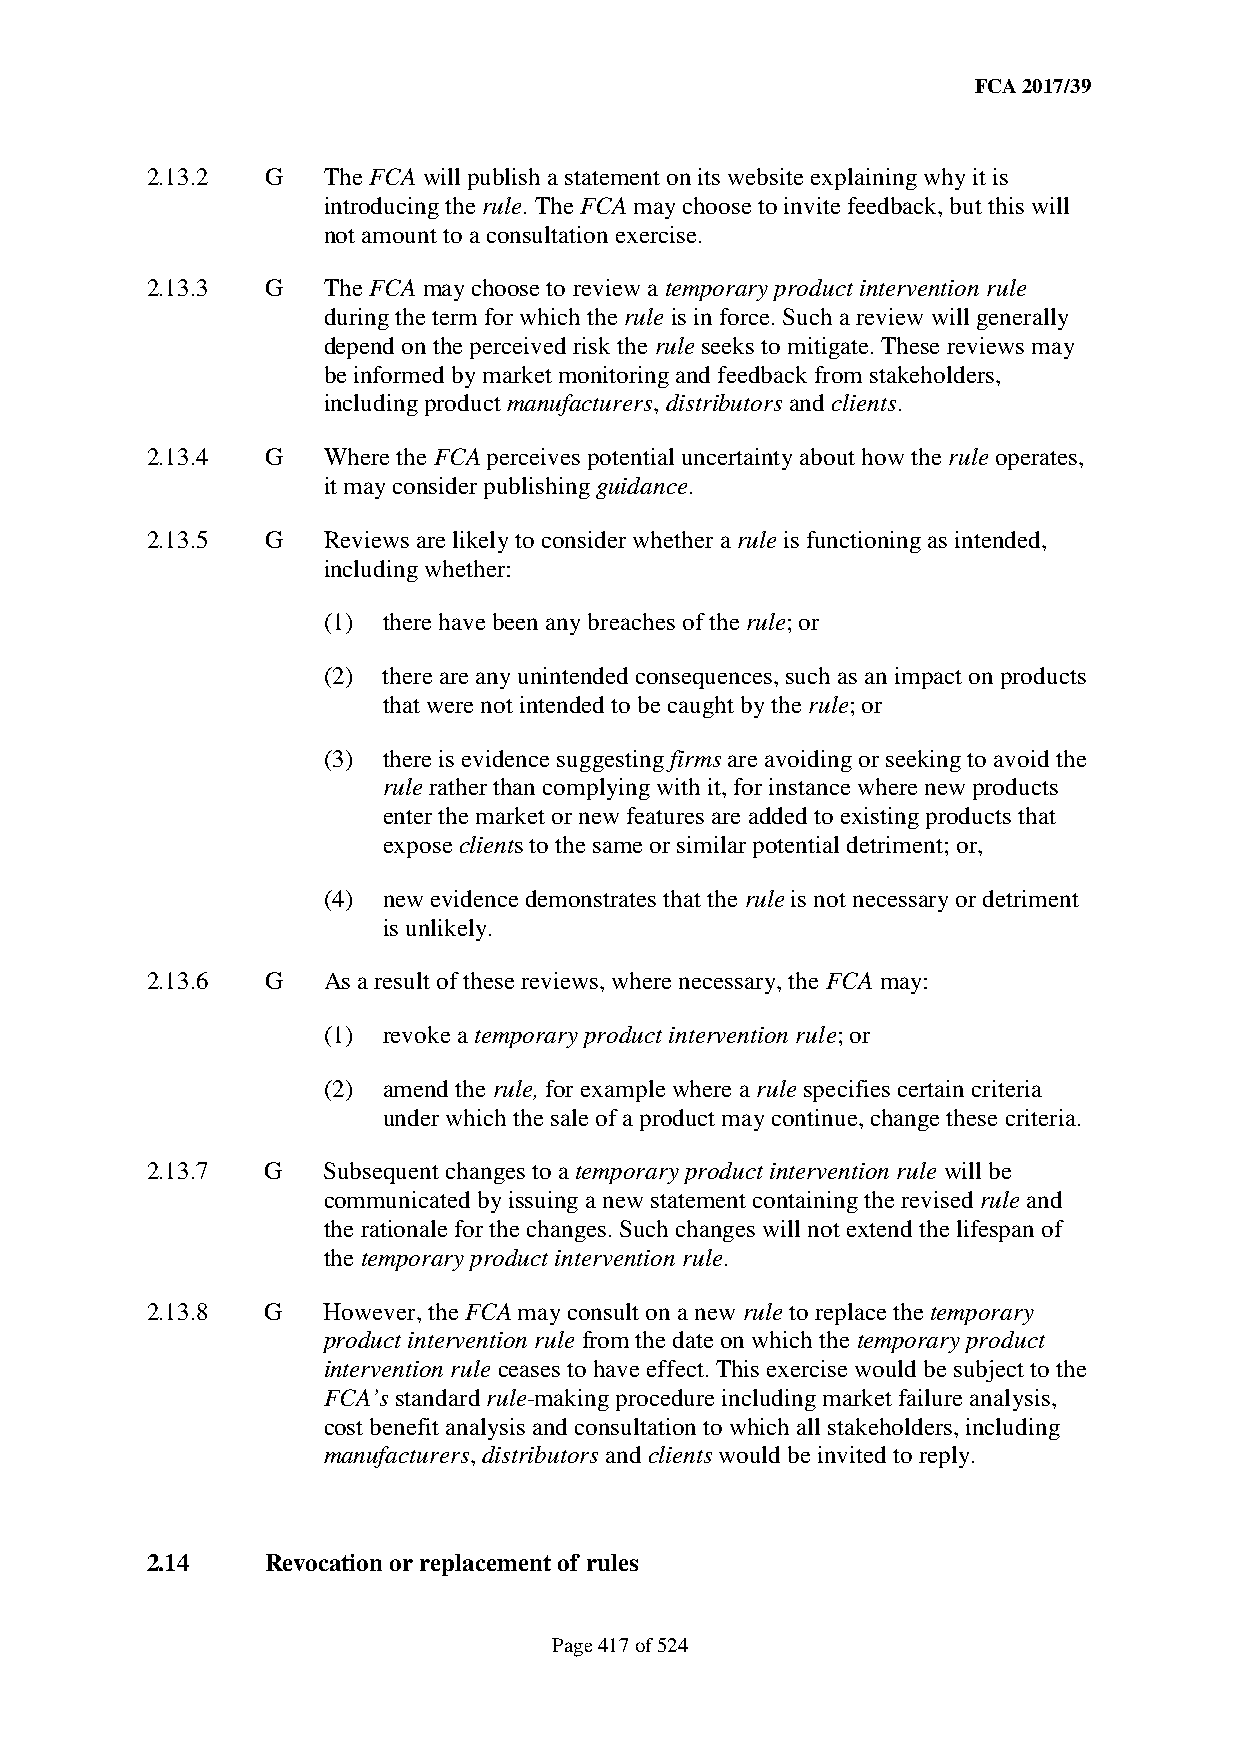
FCA 2017/39
 2.13.2  G  The FCA will publish a statement on its website explaining why it is
 introducing the rule. The FCA may choose to invite feedback, but this will
 not amount to a consultation exercise.
 2.13.3  G  The FCA may choose to review a temporary product intervention rule
 during the term for which the rule is in force. Such a review will generally
 depend on the perceived risk the rule seeks to mitigate. These reviews may
 be informed by market monitoring and feedback from stakeholders,
 including product manufacturers, distributors and clients.
 2.13.4  G  Where the FCA perceives potential uncertainty about how the rule operates,
 it may consider publishing guidance.
 2.13.5  G  Reviews are likely to consider whether a rule is functioning as intended,
 including whether:
 (1) there have been any breaches of the rule; or
 (2) there are any unintended consequences, such as an impact on products
 that were not intended to be caught by the rule; or
 (3) there is evidence suggesting firms are avoiding or seeking to avoid the
 rule rather than complying with it, for instance where new products
 enter the market or new features are added to existing products that
 expose clients to the same or similar potential detriment; or,
 (4) new evidence demonstrates that the rule is not necessary or detriment
 is unlikely.
 2.13.6  G  As a result of these reviews, where necessary, the FCA may:
 (1) revoke a temporary product intervention rule; or
 (2) amend the rule, for example where a rule specifies certain criteria
 under which the sale of a product may continue, change these criteria.
 2.13.7  G  Subsequent changes to a temporary product intervention rule will be
 communicated by issuing a new statement containing the revised rule and
 the rationale for the changes. Such changes will not extend the lifespan of
 the temporary product intervention rule.
 2.13.8  G  However, the FCA may consult on a new rule to replace the temporary
 product intervention rule from the date on which the temporary product
 intervention rule ceases to have effect. This exercise would be subject to the
 FCA’s standard rule-making procedure including market failure analysis,
 cost benefit analysis and consultation to which all stakeholders, including
 manufacturers, distributors and clients would be invited to reply.
 2.14    Revocation or replacement of rules
 Page 417 of 524